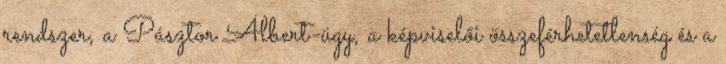
rendszer, a Pásztor Albert-ügy, a képviselői összeférhetetlenség és a